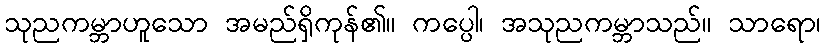
သုညကမ္ဘာဟူသော အမည်ရှိကုန်၏။ ကပ္ပေါ၊ အသုညကမ္ဘာသည်။ သာရော၊